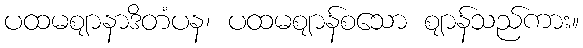
ပထမဈာနာဒိတံပန၊ ပထမဈာန်စသော ဈာန်သည်ကား။